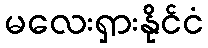
မလေးရှားနိုင်ငံ